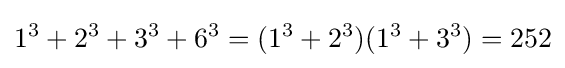
1^{3}+2^{3}+3^{3}+6^{3}=(1^{3}+2^{3})(1^{3}+3^{3})=252